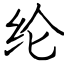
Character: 纶